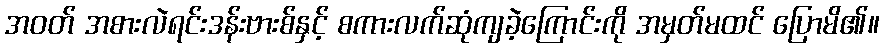
အဝတ် အစားလဲရင်းဒန်းဗားစ်နှင့် စကားလက်ဆုံကျခဲ့ကြောင်းကို အမှတ်မထင် ပြောမိ၏။